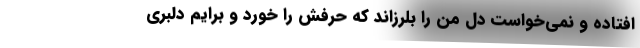
افتاده و نمی‌خواست دل من را بلرزاند که حرفش را خورد و برایم دلبری